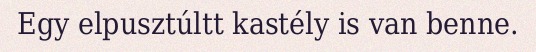
Egy elpusztúltt kastély is van benne.